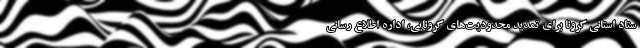
ستاد استانی کرونا برای تمدید محدودیت‌های کرونایی، اداره اطلاع رسانی